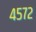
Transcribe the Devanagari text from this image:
४५७२